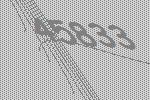
45833